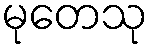
မုတေသု